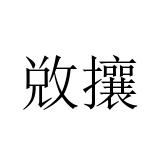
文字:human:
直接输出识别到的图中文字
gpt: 敚攘